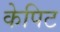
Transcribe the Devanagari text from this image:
केपिट